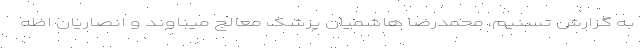
به گزارش تسنیم، محمدرضا هاشمیان پزشک معالج میناوند و انصاریان اظه